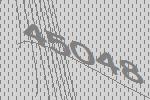
45048